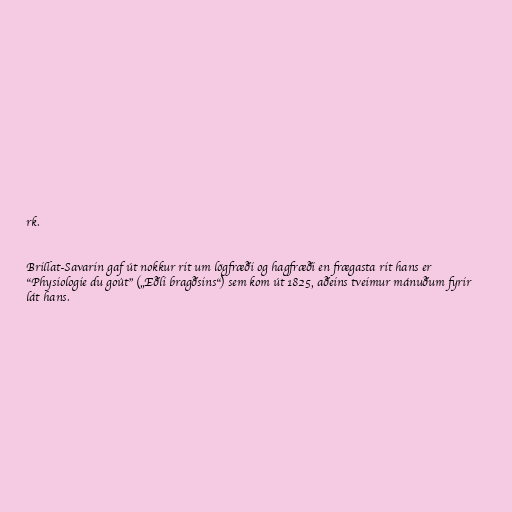
rk.

Brillat-Savarin gaf út nokkur rit um lögfræði og hagfræði en frægasta rit hans er
"Physiologie du goût" („Eðli bragðsins“) sem kom út 1825, aðeins tveimur mánuðum fyrir
lát hans.